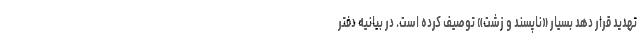
تهدید قرار دهد بسیار «ناپسند و زشت» توصیف کرده است. در بیانیه دفتر